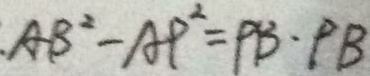
A B ^ { 2 } - A P ^ { 2 } = P B \cdot P B